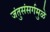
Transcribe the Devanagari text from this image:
जंतुसंसर्गमुळे